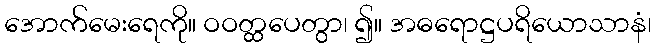
အောက်မေးရေကို။ ဝဝတ္ထပေတွာ၊ ၍။ အဓရောဋ္ဌပရိယောသာနံ၊